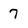
Character: 7